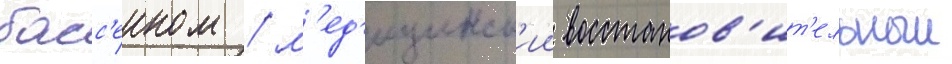
басс'еином / м'ед'ицинск'ии восстанов'ит'ельныи